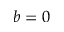
b = 0